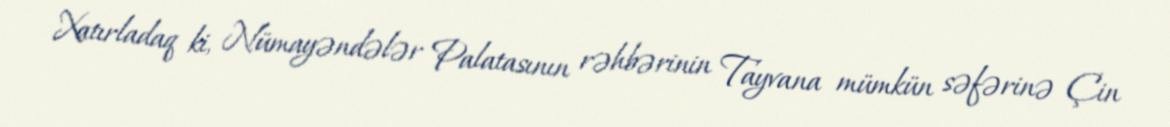
Xatırladaq ki, Nümayəndələr Palatasının rəhbərinin Tayvana mümkün səfərinə Çin